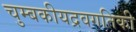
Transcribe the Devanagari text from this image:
चुम्बकीयद्रवगतिकी